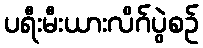
ပရီးမီးယားလိဂ်ပွဲစဉ်